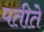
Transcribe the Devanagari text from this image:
पतीते